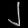
Digit: ၂